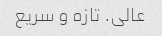
عالی. تازه و سریع